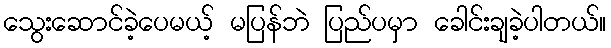
သွေးဆောင်ခဲ့ပေမယ့် မပြန်ဘဲ ပြည်ပမှာ ခေါင်းချခဲ့ပါတယ်။